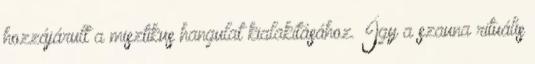
hozzájárult a misztikus hangulat kialakításához. Így a szauna rituális